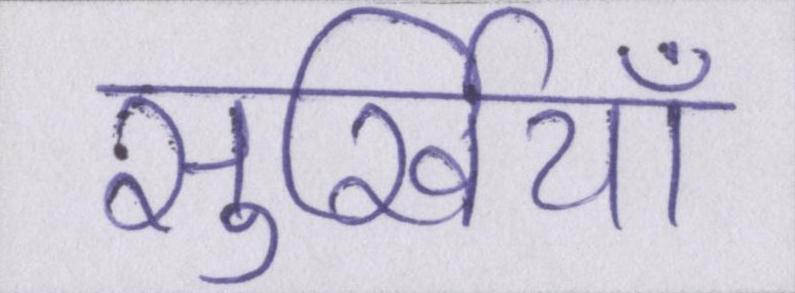
सुर्खियाँ